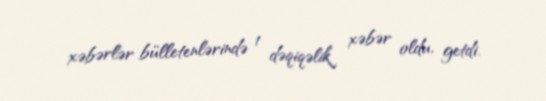
xəbərlər bülletenlərində 1 dəqiqəlik xəbər oldu, getdi.